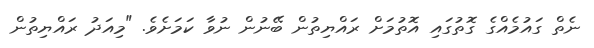
ނެތް ގައުމެއްގެ ގޮތުގައި އޮތުމަށް ރައްޔިތުން ބޭނުން ނުވާ ކަމަށެވެ. "މިއަދު ރައްޔިތުން